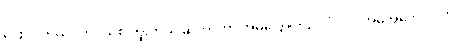
ပြောပါတယ်။ ဘဝသစ် ကူးတယ် ဆိုတာဟာ အိမ်ပြောင်းသလိုပါပဲ။ အိမ်အဟောင်းကို